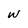
Character: w